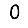
Digit: 0